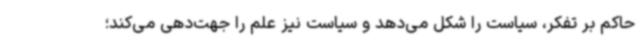
حاکم بر تفکر، سیاست را شکل می‌دهد و سیاست نیز علم را جهت‌دهی می‌کند؛